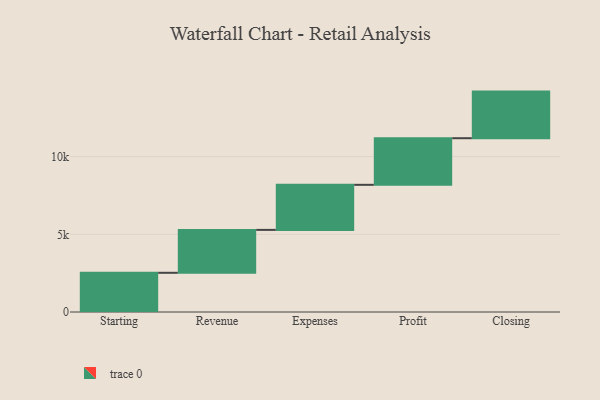
{"axis": {"x": "Step", "y": "Value"}, "legend": [""], "data": [{"x": "Starting", "y": 2523.0, "type": ""}, {"x": "Revenue", "y": 2762.0, "type": ""}, {"x": "Expenses", "y": 2901.0, "type": ""}, {"x": "Profit", "y": 3000, "type": ""}, {"x": "Closing", "y": 3000, "type": ""}]}